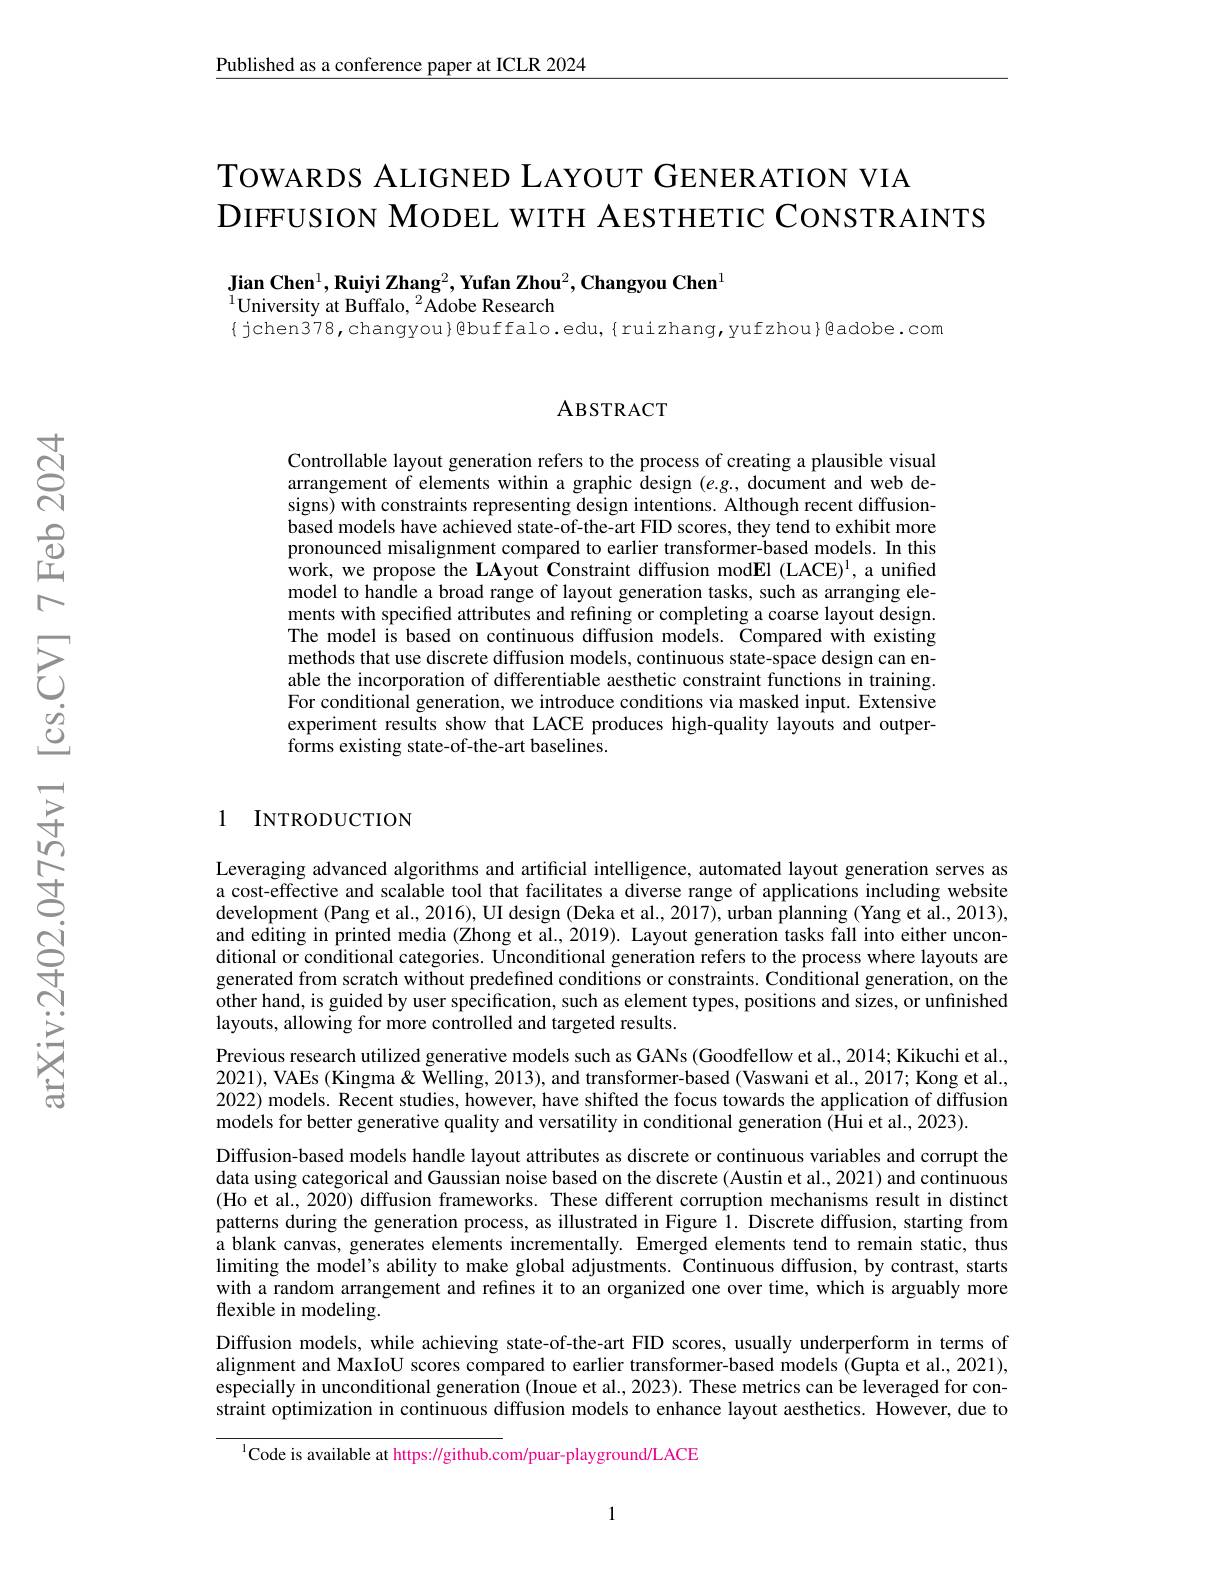
$\underline{\text{Published as a conference paper at ICLR 2024}}$

TOWARDS ALIGNED LAYOUT GENERATION VIA
DIFFUSION MODEL WITH AESTHETIC CONSTRAINTS

$\textbf{Jian Chen}^1,\textbf{Ruiyi Zhang}^2,\textbf{Yufan Zhou}^2,\textbf{Changyou Chen}^1$
$^{1}$University at Buffalo, $^2$Adobe Research
{jchen378,changyou}@buffalo.edu,{ruizhang,yufzhou}@adobe.com

### ABSTRACT

Controllable layout generation refers to the process of creating a plausible visual arrangement of elements within a graphic design $(e.g.$, document and web designs) with constraints representing design intentions. Although recent diffusionbased models have achieved state-of-the-art FID scores, they tend to exhibit more pronounced misalignment compared to earlier transformer-based models. In this work, we propose the LAyout Constraint diffusion modEl (LACE)', a unified model to handle a broad range of layout generation tasks, such as arranging elements with specified attributes and refining or completing a coarse layout design. The model is based on continuous diffusion models. Compared with existing methods that use discrete diffusion models, continuous state-space design can enable the incorporation of differentiable aesthetic constraint functions in training. For conditional generation, we introduce conditions via masked input. Extensive experiment results show that LACE produces high-quality layouts and outperforms existing state-of-the-art baselines.

1 INTRODUCTION

Leveraging advanced algorithms and artificial intelligence, automated layout generation serves as a cost-effective and scalable tool that facilitates a diverse range of applications including website development (Pang et al., 2016), UI design (Deka et al., 2017), urban planning (Yang et al., 2013), and editing in printed media (Zhong et al., 2019). Layout generation tasks fall into either unconditional or conditional categories. Unconditional generation refers to the process where layouts are generated from scratch without predefined conditions or constraints. Conditional generation, on the other hand, is guided by user specification, such as element types, positions and sizes, or unfinished layouts, allowing for more controlled and targeted results.
Previous research utilized generative models such as GANs (Goodfellow et al., 2014; Kikuchi et al., 2021), VAEs (Kingma& Welling, 2013), and transformer-based (Vaswani et al., 2017; Kong et al., 2022) models. Recent studies, however, have shifted the focus towards the application of diffusion models for better generative quality and versatility in conditional generation (Hui et al., 2023).
Diffusion-based models handle layout attributes as discrete or continuous variables and corrupt the data using categorical and Gaussian noise based on the discrete (Austin et al., 2021) and continuous (Ho et al., 2020) diffusion frameworks. These different corruption mechanisms result in distinct patterns during the generation process, as illustrated in Figure 1. Discrete diffusion, starting from a blank canvas, generates elements incrementally. Emerged elements tend to remain static, thus limiting the model's ability to make global adjustments. Continuous diffusion, by contrast, starts with a random arrangement and refines it to an organized one over time, which is arguably more flexible in modeling.
Diffusion models, while achieving state-of-the-art FID scores, usually underperform in terms of alignment and MaxIoU scores compared to earlier transformer-based models (Gupta et al., 2021), especially in unconditional generation (Inoue et al., 2023). These metrics can be leveraged for constraint optimization in continuous diffusion models to enhance layout aesthetics. However, due to

$^{1}$Code is available at https://github.com/puar-playground/LACE

1